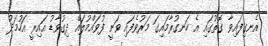
އެނގިފައިވާ ގޮތުގައި އެ ހަނގުރާމައިގަ މަރުވެފައި ވަނީ ފުވައްމުލައް ދިގުވާޑު އައިރީ އަހުމަދު